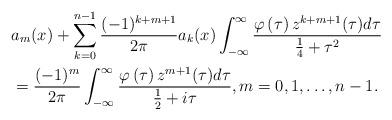
LaTeX: \begin{align*}& a_{m}(x)+\sum_{k=0}^{n-1}\frac{(-1)^{k+m+1}}{2\pi}a_{k}(x)\int_{-\infty}^{\infty}\frac{\varphi\left( \tau\right) z^{k+m+1}(\tau)d\tau}{\frac{1}{4}+\tau^{2}}\\& =\frac{(-1)^{m}}{2\pi}\int_{-\infty}^{\infty}\frac{\varphi\left(\tau\right) z^{m+1}(\tau)d\tau}{\frac{1}{2}+i\tau},m=0,1,\ldots,n-1.\end{align*}